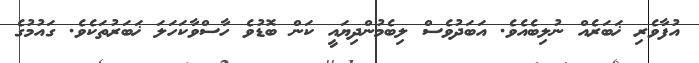
އުފާވެރި ޚަބަރެއް ނުލިބެއެވެ. އަބަދުވެސް ލިބެމުންދިޔައީ ކަން ބޮޑުވެ ހާސްވާކަހަލަ ޚަބަރުތަކެވެ. ގައުމުގެ